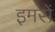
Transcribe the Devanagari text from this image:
इमसें